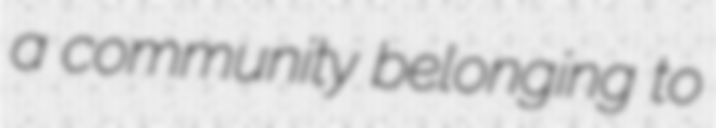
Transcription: a community belonging to